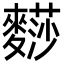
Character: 𪍬